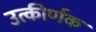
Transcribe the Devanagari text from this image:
उत्कीर्णक